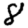
Digit: 8